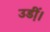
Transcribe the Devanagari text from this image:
उडी़ं।